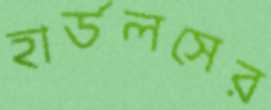
হার্ডলসের